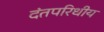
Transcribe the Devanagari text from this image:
दंतपरिधीय